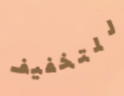
للتخفيف